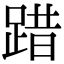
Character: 踖